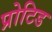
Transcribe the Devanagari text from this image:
प्रोटिड